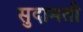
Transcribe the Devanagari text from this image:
सुदामती